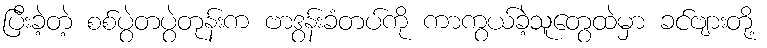
ပြီးခဲ့တဲ့ စစ်ပွဲတပွဲတုန်းက ဗာဒွန်းခံတပ်ကို ကာကွယ်ခဲ့သူတွေထဲမှာ ခင်ဗျားတို့